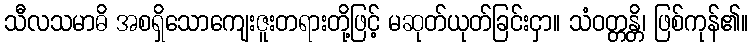
သီလသမာဓိ အစရှိသောကျေးဇူးတရားတို့ဖြင့် မဆုတ်ယုတ်ခြင်းငှာ။ သံဝတ္တန္တိ၊ ဖြစ်ကုန်၏။